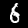
Label: 6